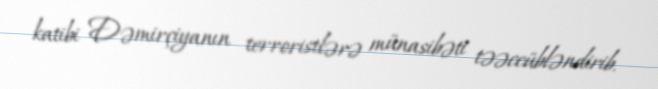
katibi Dəmirçiyanın terroristlərə münasibəti təəccübləndirib.